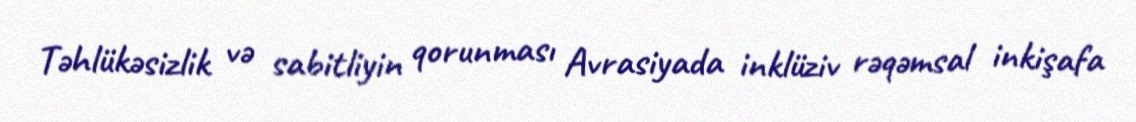
Təhlükəsizlik və sabitliyin qorunması Avrasiyada inklüziv rəqəmsal inkişafa